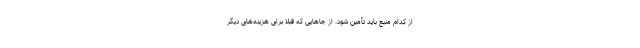
از کدام منبع باید تأمین شود. از جاهایی که قبلاً برای هزینه‌های دیگر